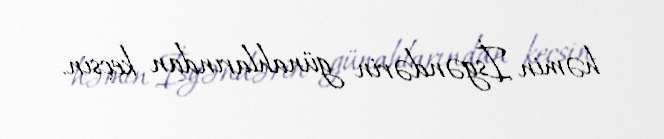
həmin İsgəndərin günahlarından keçsin.